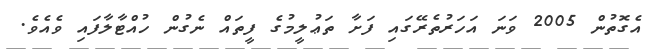
އެގޮތުން 2005 ވަނަ އަހަރުތެރޭގައި ފަށާ ތަޢުލީމުގެ ފީތައް ނެގުން ހުއްޓާލާފައި ވެއެވެ.